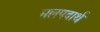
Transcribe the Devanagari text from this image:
मलपदार्थ